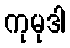
ကုမုဒါ